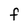
Character: F